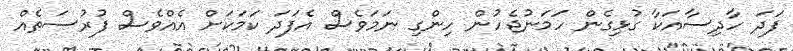
ފަދަ ހާދިސާއަކާ ގުޅިގެން ހަމަނުޖެހުން ހިންގި ނަމަވެސް އެފަދަ ކަމަކަށް އެއްވެސް ފުރުސަތެއް